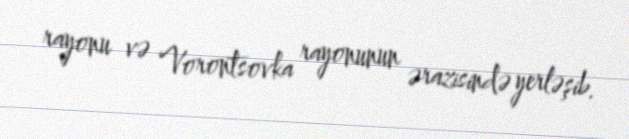
rayonu və Vorontsovka rayonunun ərazisində yerləşib.